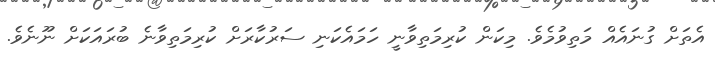
އެތަށް ގުނައެއް މަތިވުމެވެ. މިކަން ކުރިމަތިވާނީ ހަމައެކަނި ސަރުކާރަށް ކުރިމަތިވާނެ ބުރައަކަށް ނޫނެވެ.